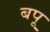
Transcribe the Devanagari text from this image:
बपू